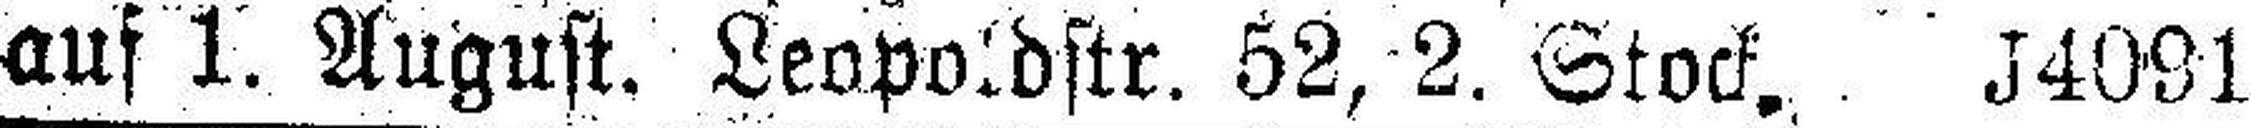
auf 1. August. Leopoldstr. 52, 2. Stock. J4091